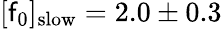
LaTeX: [\mathsf{f}_{0}]_{\mathrm{{slow}}}=2.0\pm0.3